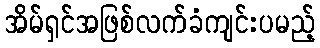
အိမ်ရှင်အဖြစ်လက်ခံကျင်းပမည့်